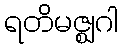
ရတိမဇ္ဈဂါ